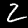
Digit: 2